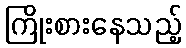
ကြိုးစားနေသည့်